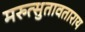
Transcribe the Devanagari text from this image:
मरुत्सुतावताराय